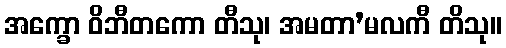
အက္ခော ဝိဘီတကော တီသု၊ အမတာ’မလကီ တိသု။